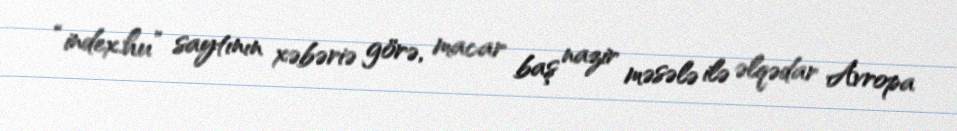
“index.hu” saytının xəbəriə görə, macar baş nazir məsələ ilə əlqədar Avropa